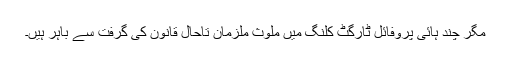
مگر چند ہائی پروفائل ٹارگٹ کلنگ میں ملوث ملزمان تاحال قانون کی گرفت سے باہر ہیں۔